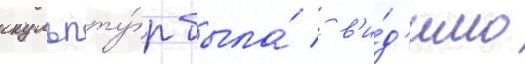
скульпту́р была́ / в'и́д'имо